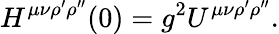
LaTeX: H^{\mu\nu\rho^{\prime}\rho^{\prime\prime}}(0)=g^{2}U^{\mu\nu\rho^{\prime}\rho^{\prime\prime}}.